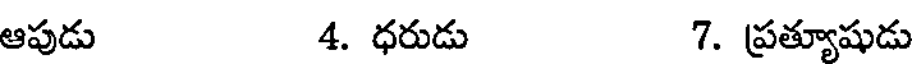
ఆపుడు 4. ధరుడు 7. ప్రత్యూషుడు